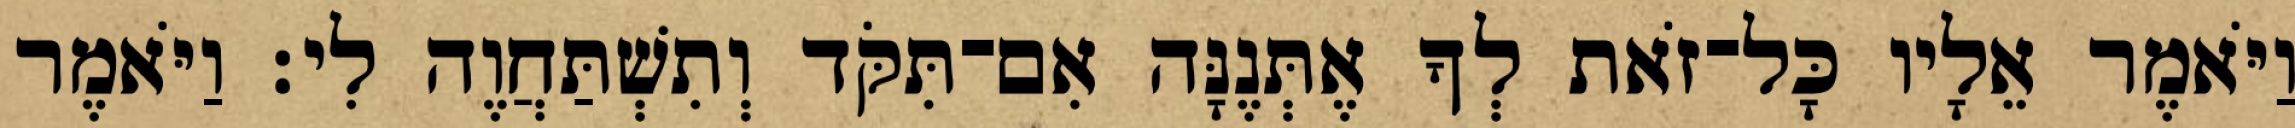
וַיֹּאמֶר אֵלָיו כָּל־זֹאת לְךָ אֶתְּנֶנָּה אִם־תִּקֹּד וְתִשְׁתַּחֲוֶה לִי׃ וַיֹּאמֶר